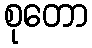
စုတော